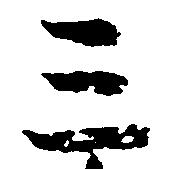
三